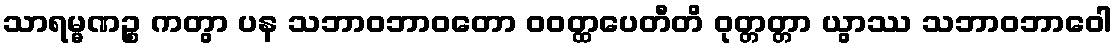
သာရမ္မဏဉ္စ ကတွာ ပန သဘာဝဘာဝတော ဝဝတ္ထပေတီတိ ဝုတ္တတ္တာ ယွာဿ သဘာဝဘာဝေါ